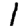
Digit: 1